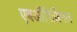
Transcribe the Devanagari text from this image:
एबऑरिजिनल